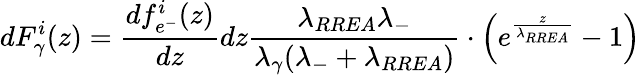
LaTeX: dF_{\gamma}^{i}(z)=\frac{df_{e^{-}}^{i}(z)}{dz}dz\frac{\lambda_{RREA}\lambda_{-}}{\lambda_{\gamma}(\lambda_{-}+\lambda_{RREA})}\cdot\left(e^{\frac{z}{\lambda_{RREA}}}-1\right)